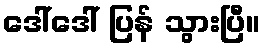
ဒေါ်ဒေါ် ပြန် သွားပြီ။